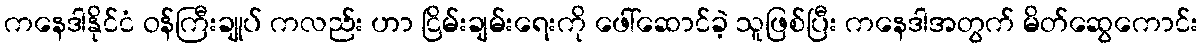
ကနေဒါနိုင်ငံ ဝန်ကြီးချုပ် ကလည်း ဟာ ငြိမ်းချမ်းရေးကို ဖေါ်ဆောင်ခဲ့ သူဖြစ်ပြီး ကနေဒါအတွက် မိတ်ဆွေကောင်း